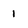
Character: 1